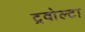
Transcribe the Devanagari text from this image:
ट्रवोल्टा